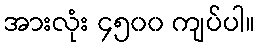
အားလုံး ၄၅၀၀ ကျပ်ပါ။